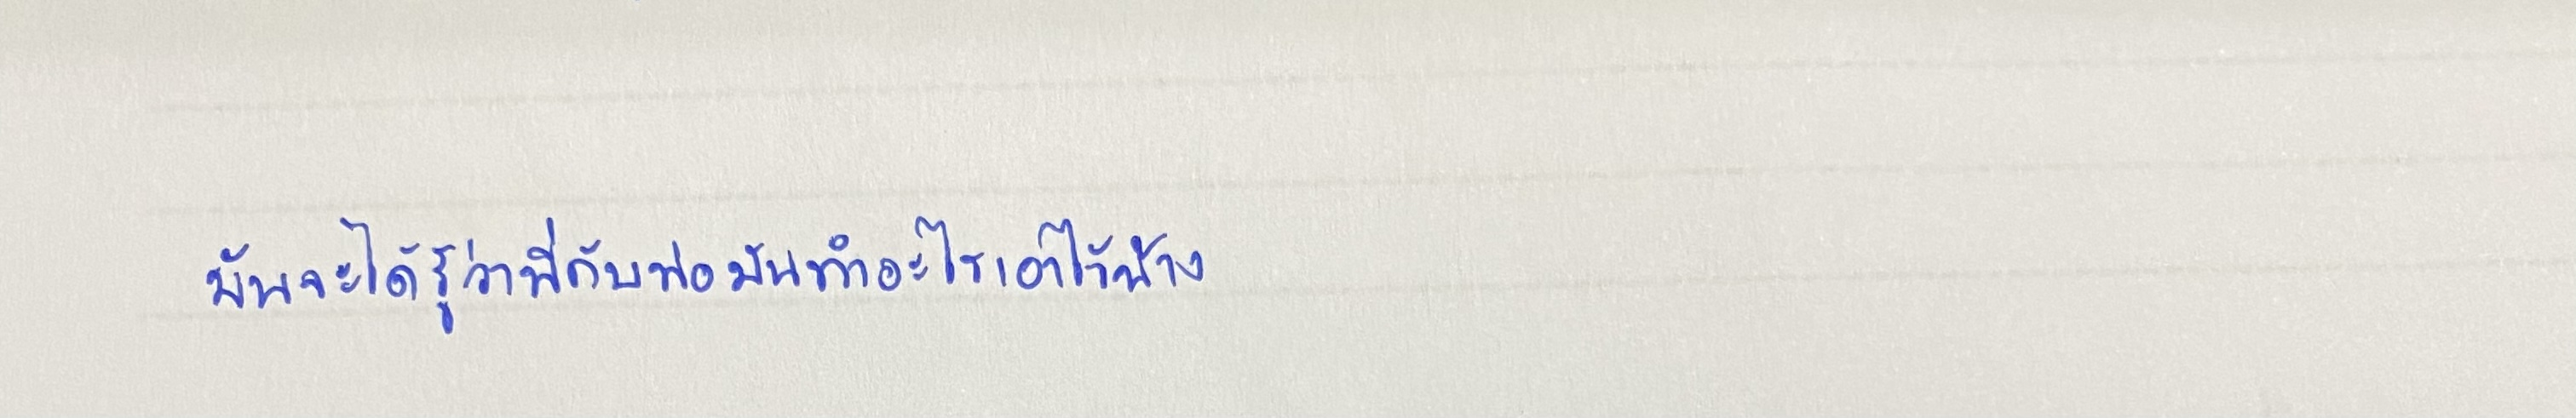
มันจะได้รู้ว่าพี่กับพ่อมันทำอะไรเอาไว้บ้าง"